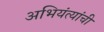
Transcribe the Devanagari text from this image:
अभियंत्यांची